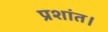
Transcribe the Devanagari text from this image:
प्रशांत।